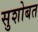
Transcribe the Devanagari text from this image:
सुशोबत